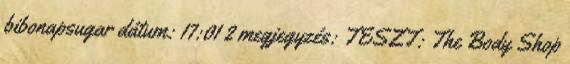
bibonapsugar dátum: 17:01 2 megjegyzés: TESZT: The Body Shop